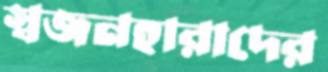
স্বজনহারাদের